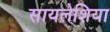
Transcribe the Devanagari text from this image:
सायलेशिया